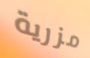
مزرية